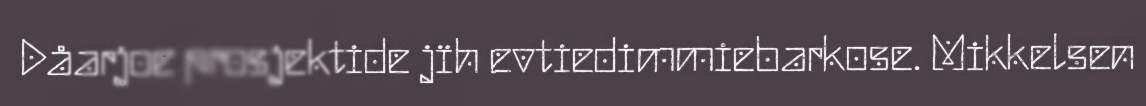
Dåarjoe prosjektide jïh evtiedimmiebarkose. Mikkelsen